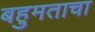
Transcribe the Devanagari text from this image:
बहुमताचा